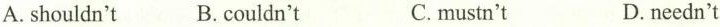
A.shouldn't B.couldn't C. mustn't D.needn't